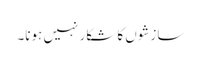
سازشوں کا شکار نہیں ہونا۔